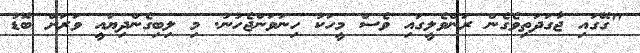
"ގޭގައި ޖާގަދަތިވެގެން ރަންވެލީގައި ވެސް މީހަކު ހިނަވަންޖެހުނު. މި ލިބިގެންދިޔައީ ވަރަށް ބޮޑު